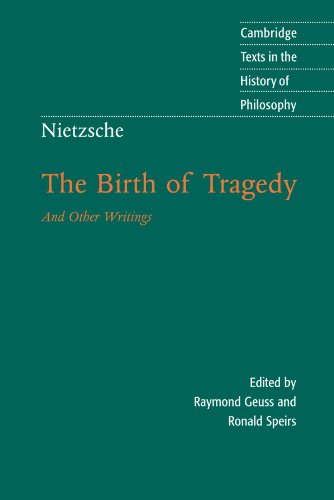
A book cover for Nietzsche: The Birth of Tragedy and Other Writings (Cambridge Texts in the History of Philosophy); Friedrich Nietzsche; Politics & Social Sciences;